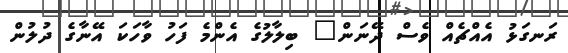
ރަނގަޅު އެއްޗެއް ވެސް ދޭނަން" ބިލާލުގެ އެންމެ ފަހު ވާހަކަ އޭނާގެ ދުލުން